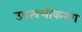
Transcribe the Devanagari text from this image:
उपत्वचीकरण